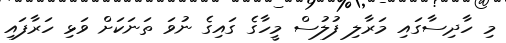
މި ހާދިސާގައި މަރާލި ފުލުސް މީހާގެ ގައިގެ ނުވަ ތަނަކަށް ވަޅި ހަރާފައި